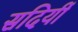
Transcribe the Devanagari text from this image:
सदियीं